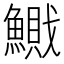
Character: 𱆽